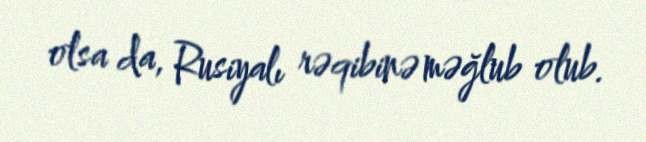
olsa da, Rusiyalı rəqibinə məğlub olub.